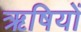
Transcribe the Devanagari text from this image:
ऋषियों